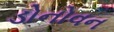
ડોનોવન